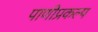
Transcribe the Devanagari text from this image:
पाणीप्रकल्प